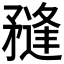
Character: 𥎌